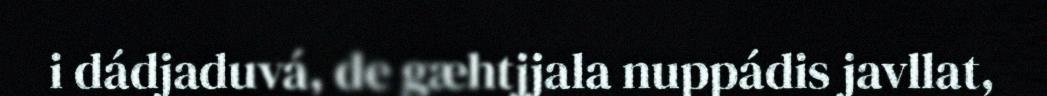
i dádjaduvá, de gæhtjjala nuppádis javllat,